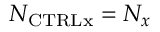
N _ { \mathrm { { C T R L x } } } = N _ { x }